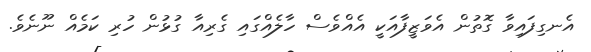
އެނގިފައިވާ ގޮތުން އެވަޒީފާއަކީ އެއްވެސް ހާލެއްގައި ގެރިއާ ގުޅުން ހުރި ކަމެއް ނޫނެވެ.